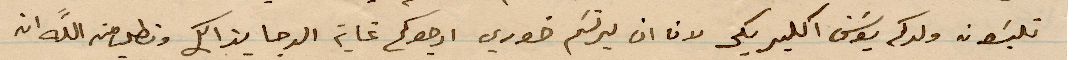
تلبون ولدكم يوسف اكليريكي لان ان يرتسم خوري ارجوكم غاية الرجا بذالك ونطلب من الله ان